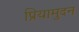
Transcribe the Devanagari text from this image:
प्रियामुदन